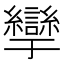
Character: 𰫹